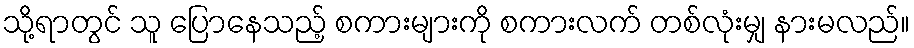
သို့ရာတွင် သူ ပြောနေသည့် စကားများကို စကားလက် တစ်လုံးမျှ နားမလည်။